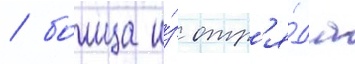
/ боица и́з отр'я́да